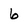
Character: 6